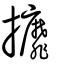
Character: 攠